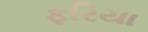
ફરિયા